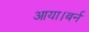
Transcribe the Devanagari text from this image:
आया।बर्न